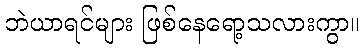
ဘဲယာရင်များ ဖြစ်နေရော့သလားကွာ။